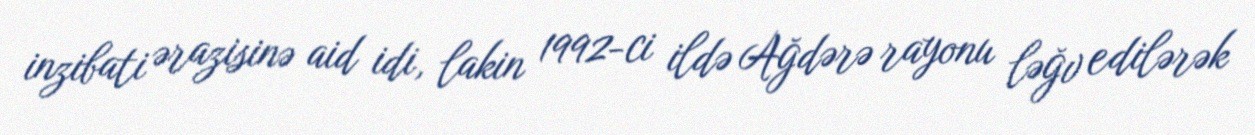
inzibati ərazisinə aid idi, lakin 1992-ci ildə Ağdərə rayonu ləğv edilərək